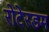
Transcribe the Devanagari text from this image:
रोटेरडम